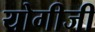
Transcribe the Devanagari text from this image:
योगीजी